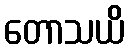
တောသယိ